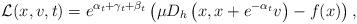
LaTeX: \begin{align*}\mathcal{L}(x, v, t) = e^{\alpha_t + \gamma_t + \beta_t}\left(\mu D_h\left(x, x+ e^{-\alpha_t} v\right) - f(x)\right),\end{align*}